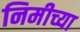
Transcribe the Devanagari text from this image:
निमीच्या